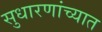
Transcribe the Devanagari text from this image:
सुधारणांच्यात